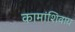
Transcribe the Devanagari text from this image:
कामांशिवाय